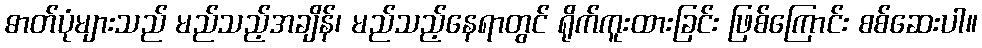
ဓာတ်ပုံများသည် မည်သည့်အချိန်၊ မည်သည့်နေရာတွင် ရိုက်ကူးထားခြင်း ဖြစ်ကြောင်း စစ်ဆေးပါ။